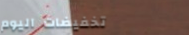
تخفيضات اليوم